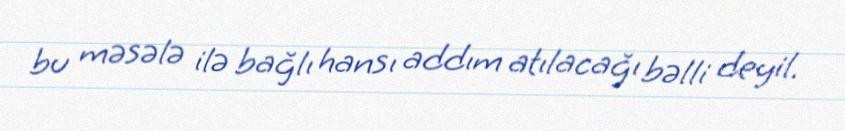
bu məsələ ilə bağlı hansı addım atılacağı bəlli deyil.